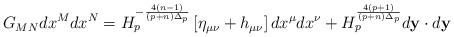
LaTeX: \begin{align*}G_{MN}dx^Mdx^N=H^{-{{4(n-1)}\over{(p+n)\Delta_p}}}_p\left[\eta_{\mu\nu}+h_{\mu\nu}\right]dx^{\mu}dx^{\nu}+H^{{4(p+1)}\over{(p+n)\Delta_p}}_pd{\bf y}\cdot d{\bf y}\end{align*}